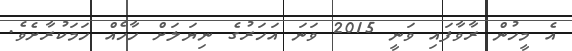
އެ މީހުން ރާވާފައި ވަނީ 2015 ވަނަ އަހަރުގެ ނިޔަލަށް ހާހެއް ހަމަކުރާށެވެ.